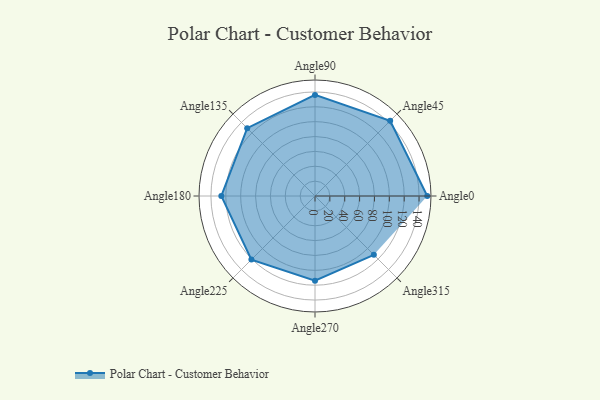
{"axis": {"x": "Angle", "y": "Radius"}, "legend": [""], "data": [{"x": "Angle0", "y": 151.0, "type": ""}, {"x": "Angle45", "y": 143.0, "type": ""}, {"x": "Angle90", "y": 136.0, "type": ""}, {"x": "Angle135", "y": 129.0, "type": ""}, {"x": "Angle180", "y": 126.0, "type": ""}, {"x": "Angle225", "y": 121.0, "type": ""}, {"x": "Angle270", "y": 114.0, "type": ""}, {"x": "Angle315", "y": 112.0, "type": ""}]}